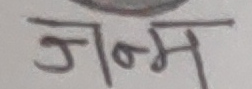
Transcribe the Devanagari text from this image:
जन्म